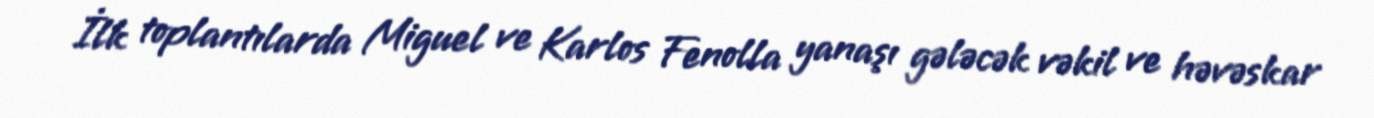
İlk toplantılarda Miguel ve Karlos Fenolla yanaşı gələcək vəkil ve həvəskar